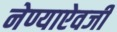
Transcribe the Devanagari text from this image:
नेण्याऐवजी